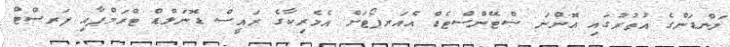
ލަންޑަންގެ އުތުރުގައި އޮންނަ ސްޓޭންސްޓެޑް އެއަރޕޯޓަށް އެމެރިކާގެ ރައީސް ޑޮނަލްޑް ޓްރަމްޕާއި ފަރސްޓް